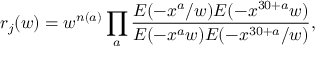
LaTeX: r _ { j } ( w ) = w ^ { n ( a ) } \prod _ { a } \frac { E ( - x ^ { a } / w ) E ( - x ^ { 3 0 + a } w ) } { E ( - x ^ { a } w ) E ( - x ^ { 3 0 + a } / w ) } ,